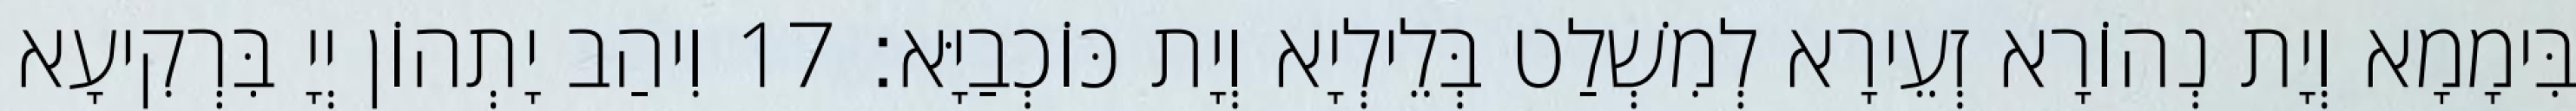
בִּימָמָא וְיָת נְהוֹרָא זְעֵירָא לְמִשְׁלַט בְּלֵילְיָא וְיָת כּוֹכְבַיָּא׃ 17 וִיהַב יָתְהוֹן יְיָ בִּרְקִיעָא